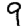
Digit: 9